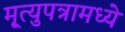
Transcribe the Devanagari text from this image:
मृ्त्युपत्रामध्ये